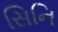
સિનિ